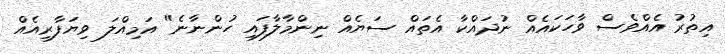
އިތުރު އެއްވެސް ވާހަކައެއް ނުދައްކާ އެތައް ސަޔެއް ނިންމާލާފައި ހުންނާނެ" އަމިއްލަ ވިޔަފާރިއެއް